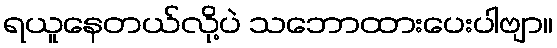
ရယူနေတယ်လို့ပဲ သဘောထားပေးပါဗျာ။